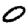
Digit: 0